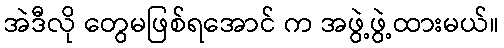
အဲဒီလို တွေမဖြစ်ရအောင် က အဖွဲ့ဖွဲ့ထားမယ်။